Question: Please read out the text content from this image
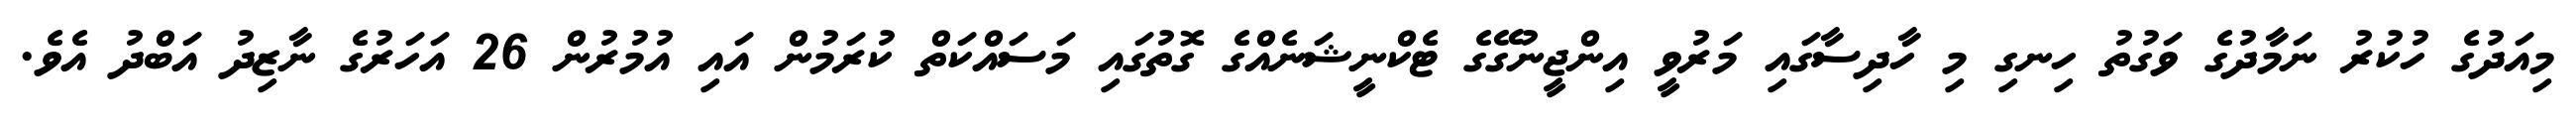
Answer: މިއަދުގެ ހުކުރު ނަމާދުގެ ވަގުތު ހިނގި މި ހާދިސާގައި މަރުވީ އިންޖީނުގޭގެ ޓެކްނީޝަނެއްގެ ގޮތުގައި މަސައްކަތް ކުރަމުން އައި އުމުރުން 26 އަހަރުގެ ނާޒިދު އަބްދު އެވެ.